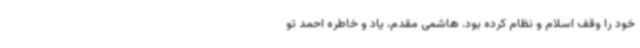
خود را وقف اسلام و نظام کرده بود. هاشمی مقدم، یاد و خاطره احمد تو